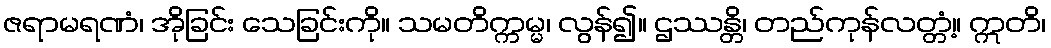
ဇရာမရဏံ၊ အိုခြင်း သေခြင်းကို။ သမတိက္ကမ္မ၊ လွန်၍။ ဌဿန္တိ၊ တည်ကုန်လတ္တံ့။ ဣတိ၊